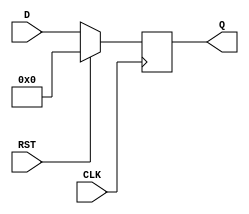
module FlipFlopRegister #(
    parameter N = 8 // Parameter for register width (number of bits)
) (
    input wire [N-1:0] D,      // Data inputs
    input wire CLK,             // Clock input
    input wire RST,             // Reset input
    output reg [N-1:0] Q        // Data outputs
);

    // Synchronous reset and data capture on rising edge of CLK
    always @(posedge CLK) begin
        if (RST) begin
            Q <= 0; // Reset all bits to 0
        end else begin
            Q <= D; // Capture data on rising edge of clock
        end
    end

endmodule